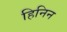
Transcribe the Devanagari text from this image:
हिनिन